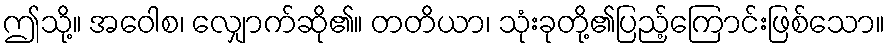
ဤသို့။ အဝေါစ၊ လျှောက်ဆို၏။ တတိယာ၊ သုံးခုတို့၏ပြည့်ကြောင်းဖြစ်သော။